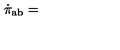
\dot { \pi } _ { \mathrm { a b } } =